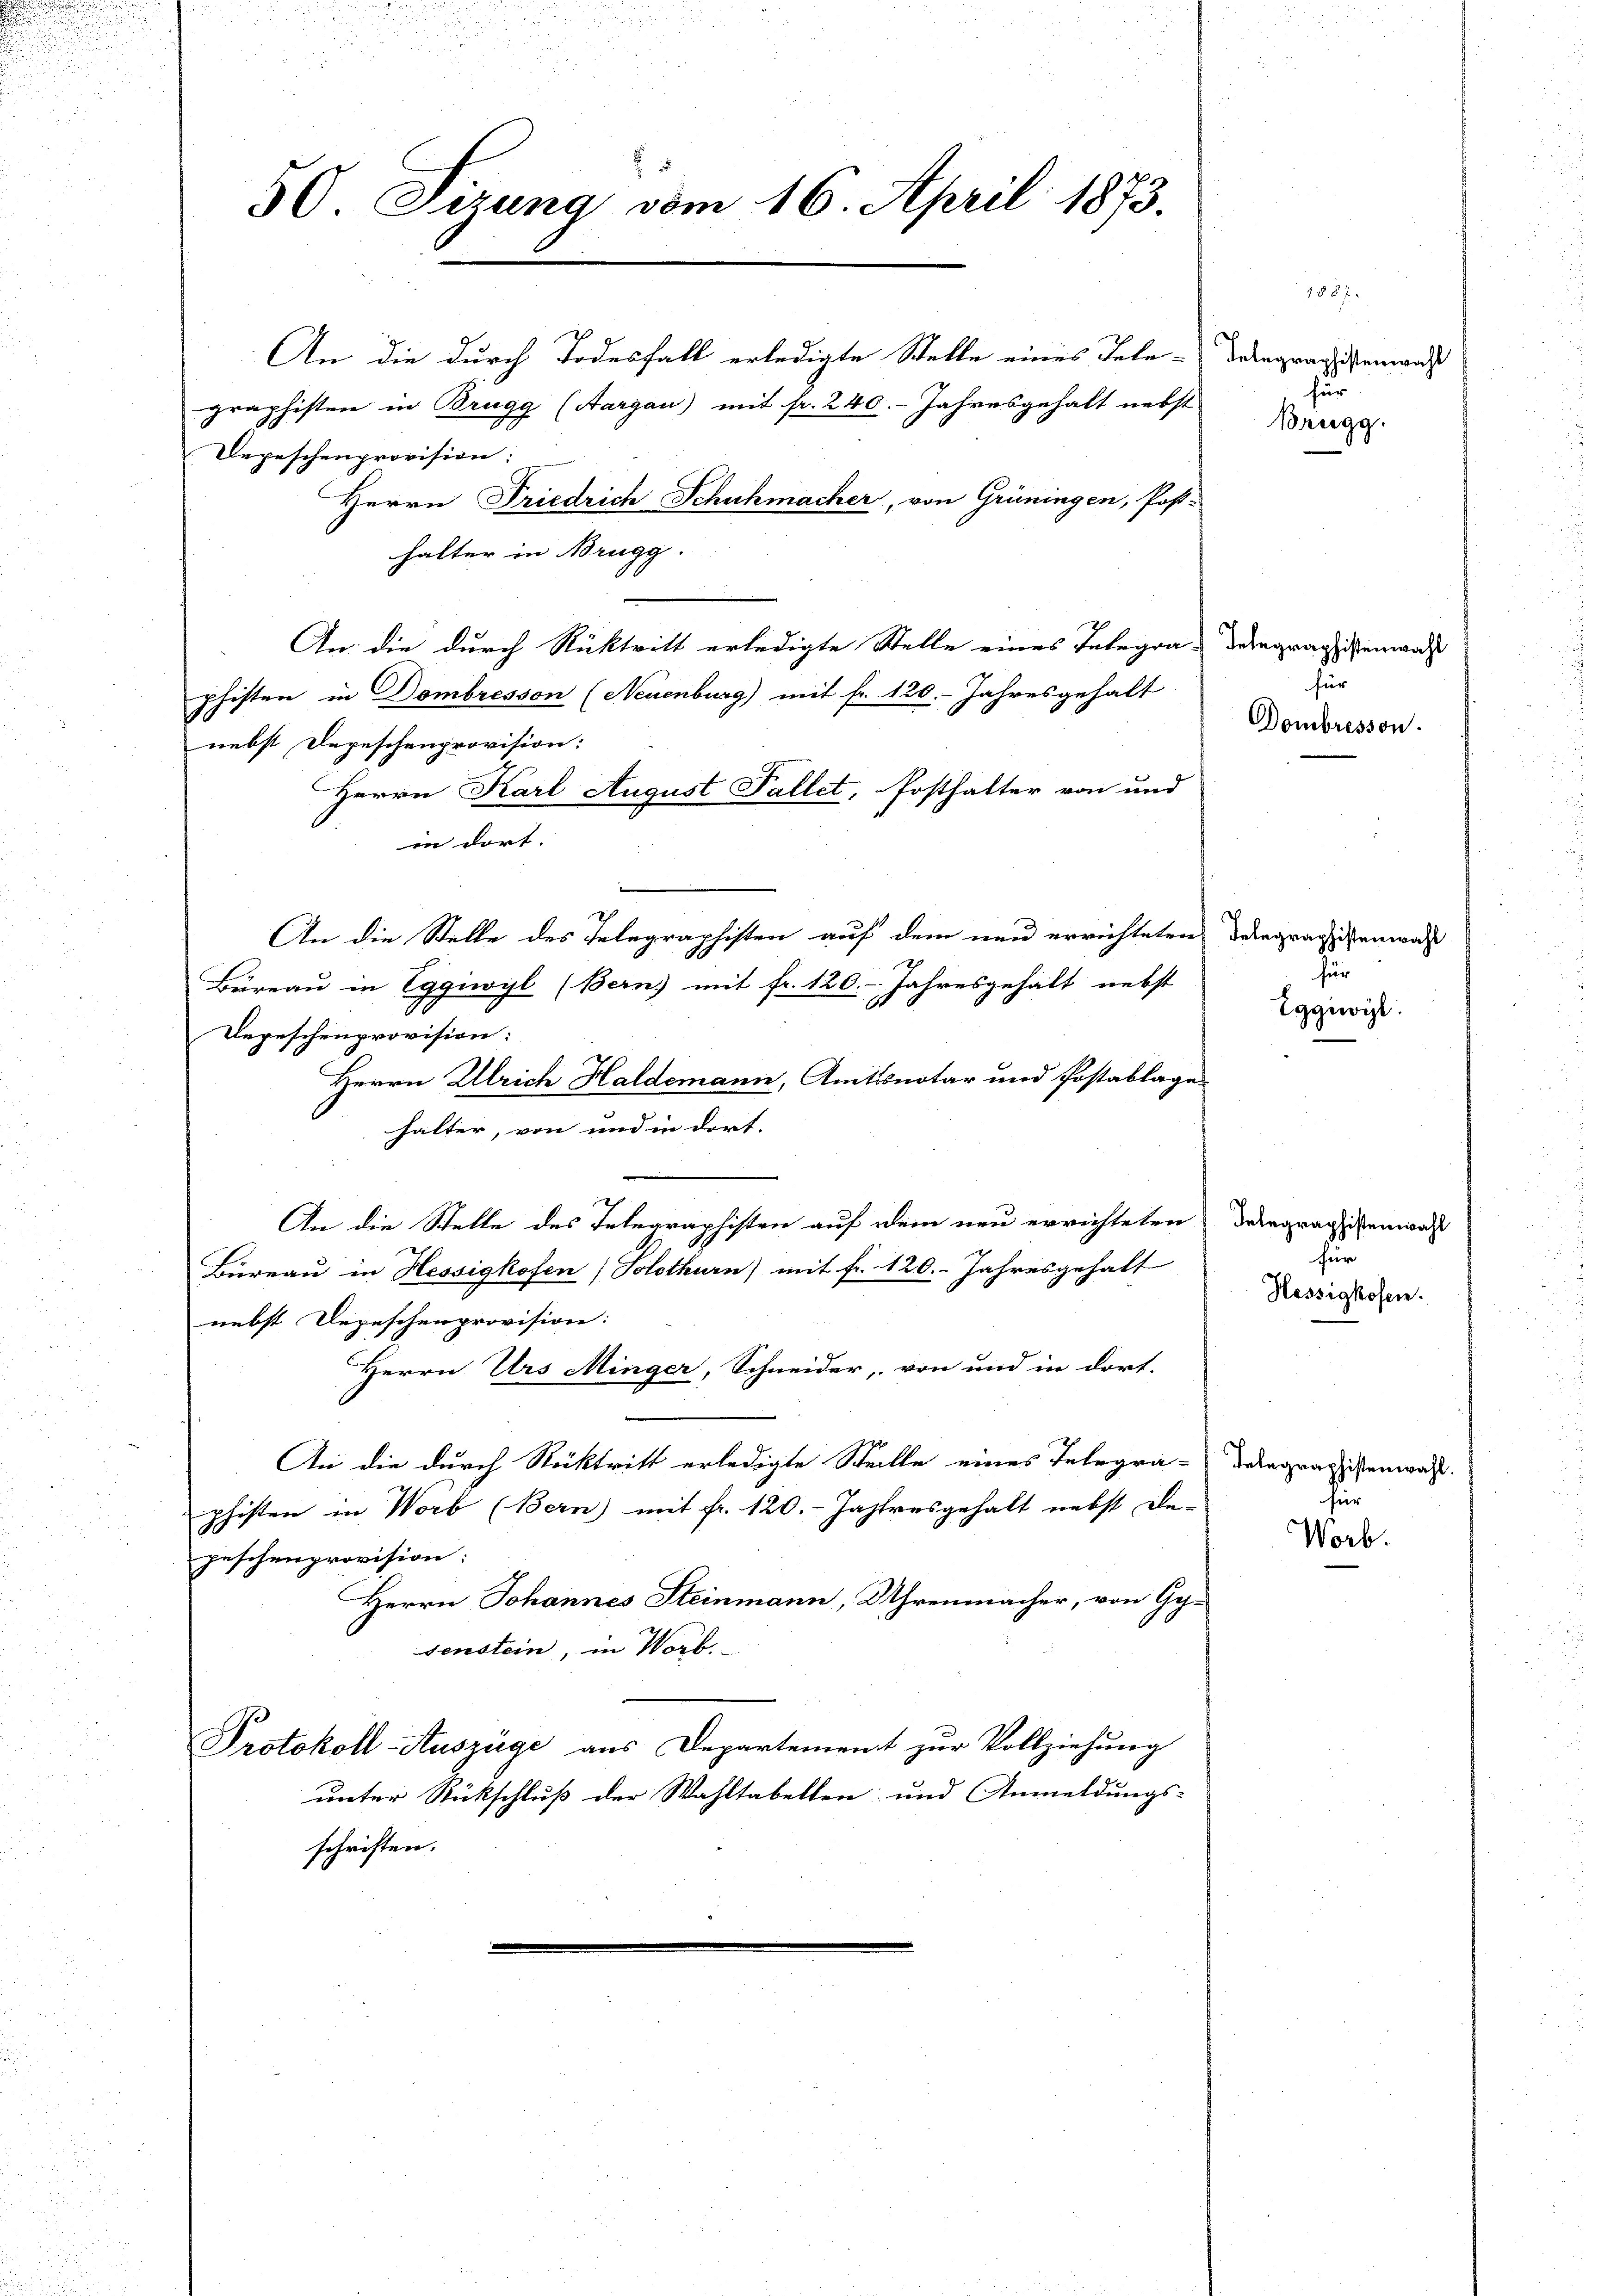
An die durch Todesfall erledigte Stelle eines Tele-
graphisten in Brugg (Aargau) mit fr. 240. Jahresgehalt nebst
Depeschenprovision:
Herrn Friedrich Schuhmacher, von Grüningen, Post-
halter in Brugg.
An die durch Rücktritt erledigte Stelle eines Telegra-Vergragistenans
phisten in Dombresson (Neuenburg) mit fr. 120. Jahresgehalt
nebst Depeschenprovision:
Herrn Karl August Fallet, Posthalter von und
in dort.
An die Stelle des Telegraphisten auf dem neu errichteten Delegragistenwar
20
Büreau in Eggiwyl (Bern, mit fr. 120. Jahresgehalt nebst
Depeschenprovision:
Herrn Ulrich Haldemann, Amtsnotar und Postablage
halter, von und in dort.
An die Stelle des Telegraphisten auf dem neu errichteten
Büreau in Hessigkofen (Solothurn) mit fr. 120. Jahresgehalt
nebst Depeschenprovision:
Herrn Urs Minger, Schneider, von und in dort.
An die durch Rücktritt erledigte Stelle eines Telegra-
phisten in Worb (Bern) mit fr. 120. Jahresgehalt nebst De-
jeschenprovision:
Herrn Johannes Steinmann, Uhrenmacher, von Gesenstein, in Worb.
Protokoll-Auszüge aus Departement zur Vollziehung
unter Rückschluß der Wahltabellen und Anmeldungs-
schriften.

50. Sizung vom 16. April 1873.

1887
Telegraphistenwahl
für
Brugg.

für
Dombressen.

für

Eggiwil

Telegraphistenwahl
für
Hessigkofen.

Telegraphistenwahl.
hür

Worb.